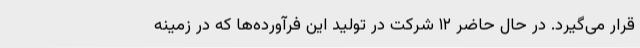
قرار می‌گیرد. در حال حاضر ۱۲ شرکت در تولید این فرآورده‌ها که در زمینه